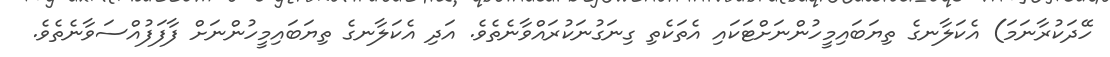
ހޭދަކުރާނަމަ) އެކަލާނގެ ތިޔަބައިމީހުންނަށްޓަކައި އެތަކެތި ގިނަގުނަކުރައްވާނެތެވެ. އަދި އެކަލާނގެ ތިޔަބައިމީހުންނަށް ފާފަފުއްސަވާނެތެވެ.